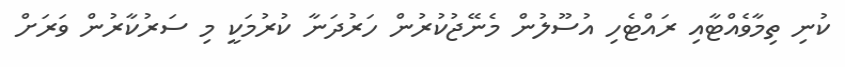
ކުނި ތިމާވެއްޓާއި ރައްޓެހި އުސޫލުން މެނޭޖުކުރުން ހަރުދަނާ ކުރުމަކީ މި ސަރުކާރުން ވަރަށް